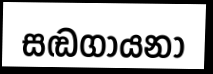
සඬගායනා